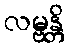
လမ္ဗန္တိ